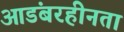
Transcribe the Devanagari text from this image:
आडंबरहीनता